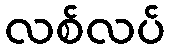
လစ်လပ်